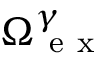
{ \Omega } _ { \mathrm { ~ e ~ x ~ } } ^ { \gamma }